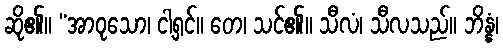
ဆို၏။ “အာဝုသော၊ ငါ့ရှင်။ တေ၊ သင်၏။ သီလံ၊ သီလသည်။ ဘိန္နံ၊